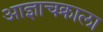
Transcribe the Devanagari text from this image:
आज्ञाचक्राला